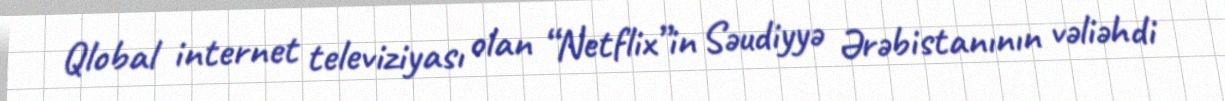
Qlobal internet televiziyası olan “Netflix”in Səudiyyə Ərəbistanının vəliəhdi